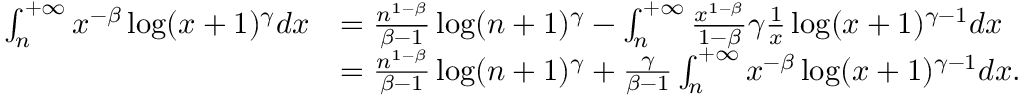
\begin{array} { r l } { \int _ { n } ^ { + \infty } x ^ { - \beta } \log ( x + 1 ) ^ { \gamma } d x } & { = \frac { n ^ { 1 - \beta } } { \beta - 1 } \log ( n + 1 ) ^ { \gamma } - \int _ { n } ^ { + \infty } \frac { x ^ { 1 - \beta } } { 1 - \beta } \gamma \frac { 1 } { x } \log ( x + 1 ) ^ { \gamma - 1 } d x } \\ & { = \frac { n ^ { 1 - \beta } } { \beta - 1 } \log ( n + 1 ) ^ { \gamma } + \frac { \gamma } { \beta - 1 } \int _ { n } ^ { + \infty } x ^ { - \beta } \log ( x + 1 ) ^ { \gamma - 1 } d x . } \end{array}